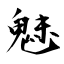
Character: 魅